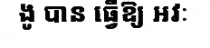
ងូ បាន ធ្វើឱ្យ អវៈ